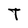
Character: T